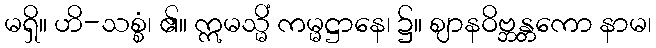
မရှိ။ ဟိ-သစ္စံ၊ ၏။ ဣမသ္မိံ ကမ္မဋ္ဌာနေ၊ ၌။ ဈာနဝိဗ္ဘန္တကော နာမ၊